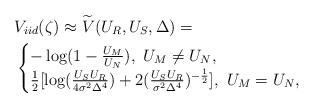
LaTeX: \begin{align*} \begin{aligned} &V_{iid}(\zeta) \approx \widetilde{V}(U_R,U_S,\Delta)= \\ & \begin{cases} -\log(1-\frac{U_M}{U_N}),~U_M\neq U_N, \\\frac{1}{2}[\log(\frac{U_S U_R}{4 \sigma^2\Delta^4})+2(\frac{U_{S}U_{R} }{\sigma^2\Delta^4 })^{-\frac{1}{2}} ],~U_M=U_N,\end{cases}\end{aligned}\end{align*}